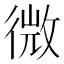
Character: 微